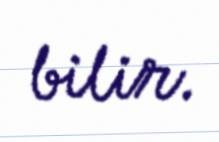
bilir.